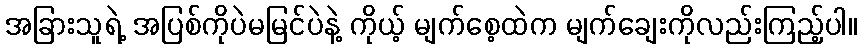
အခြားသူရဲ့ အပြစ်ကိုပဲမမြင်ပဲနဲ့ ကိုယ့် မျက်စေ့ထဲက မျက်ချေးကိုလည်းကြည့်ပါ။